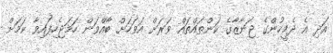
އަދި އެ ދެމީހުންގެ ޖަނާޒާގެ ކަންތައްތައް ވަރަށް އަވަހަށް ބާއްވަން ހަމަޖެހިފައިވާ ކަމަށް